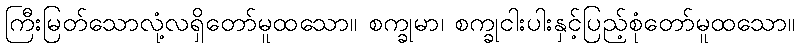
ကြီးမြတ်သောလုံ့လရှိတော်မူထသော။ စက္ခုမာ၊ စက္ခုငါးပါးနှင့်ပြည့်စုံတော်မူထသော။